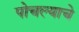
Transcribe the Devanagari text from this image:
पोचल्याचे